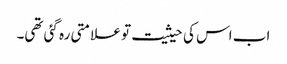
اب اس کی حیثیت تو علامتی رہ گئی تھی۔